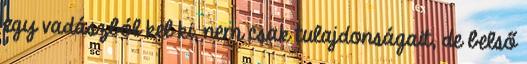
egy vadászból kel ki, nem csak tulajdonságait, de belső